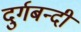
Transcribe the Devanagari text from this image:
दुर्गबन्दी